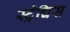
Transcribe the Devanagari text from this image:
स्ट्रेचिस